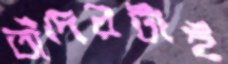
তাঁদেরটাই